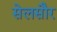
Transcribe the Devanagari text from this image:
सेलसौर